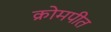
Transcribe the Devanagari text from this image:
क्रोमपीत